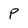
Character: p